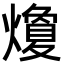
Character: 𭶛